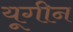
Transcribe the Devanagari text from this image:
यूगीन